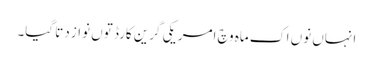
انہاں نو‏ں اک ماہ وچ امریکی گرین کارڈ تو‏ں نواز دتا گیا۔